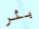
بئر